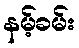
နမ့်ခမ်း